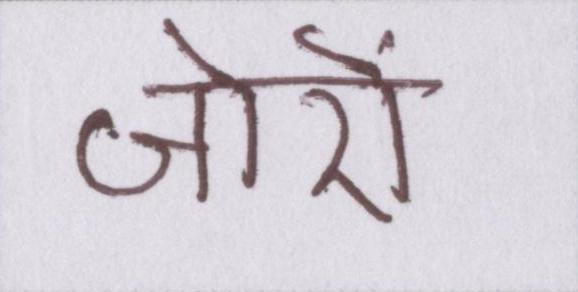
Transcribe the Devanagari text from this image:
जोरों